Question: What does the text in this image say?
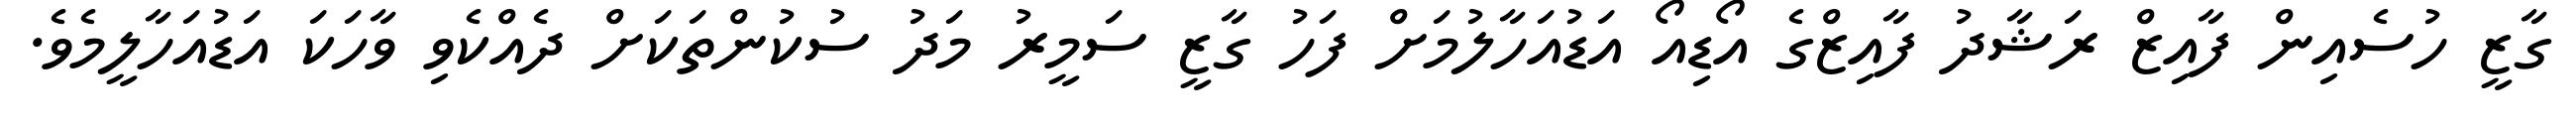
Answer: ގާޒީ ހުސެއިން ފާއިޒް ރަޝާދު ފާއިޒްގެ އޯޑިއޯ އަޑުއަހާލުމަށް ފަހު ގާޒީ ސަމީރު މަދު ސުކުންތަކަށް ދެއްކެވި ވާހަކަ އަޑުއަހާލީމެވެ.